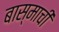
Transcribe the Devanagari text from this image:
बास्माची